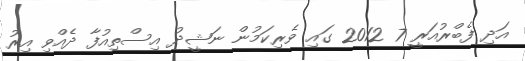
އަދި ފެބްރުއަރީ 7 2012 ގައި ވެރިކަމުން ނަޝީދު އިސްތިއުފާ ދެއްވި އިރު